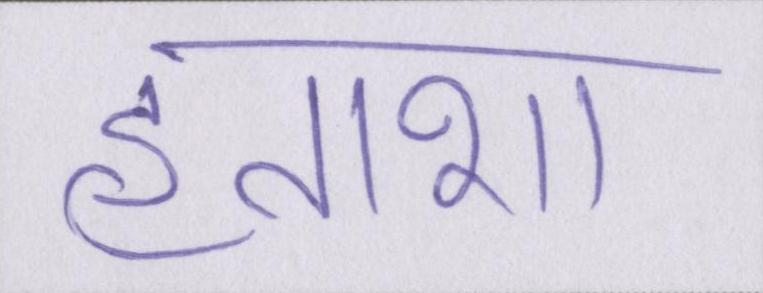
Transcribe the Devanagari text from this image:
हताशा